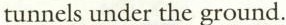
tunnels under the ground.